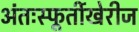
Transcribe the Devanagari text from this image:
अंतःस्फूर्तीखेरीज